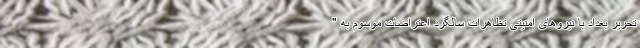
تحریر بغداد با نیروهای امنیتی تظاهرات سالگرد اعتراضات موسوم به "